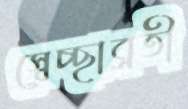
স্বেচ্ছাব্রতী